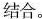
结合。